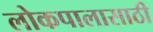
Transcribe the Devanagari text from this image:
लोकपालासाठी